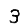
Digit: 3